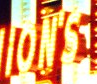
ION'S